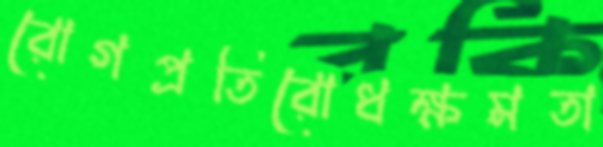
রোগপ্রতিরোধক্ষমতা